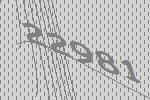
22981